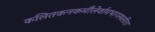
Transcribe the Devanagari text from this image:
कलितकनकमौलेर्वामभागस्थसीता